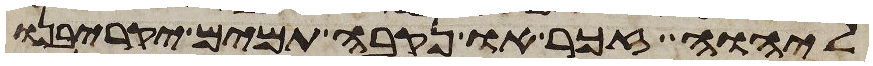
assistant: ליהוה זכר או נקבה תמים יקריבנו